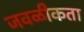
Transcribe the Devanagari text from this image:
जवळीकता